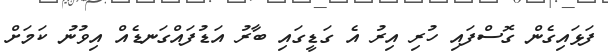
ފަޅައިގެން ގޮސްފައި ހުރި އިރު އެ ގަޑީގައި ބާރު އަޑުފައްގަނޑެއް އިވުނު ކަމަށް